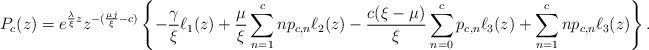
LaTeX: \begin{align*}P_{c}(z)= e^{\frac{\lambda}{\xi}z} z^{-(\frac{\mu j}{\xi} - c)} \left\lbrace -\frac{\gamma}{\xi} \ell_{1}(z) + \frac{\mu}{\xi}\sum_{n=1}^{c} n p_{c,n} \ell_{2}(z) - \frac{c(\xi - \mu)}{\xi} \sum_{n=0}^{c} p_{c,n} \ell_{3}(z)+ \sum_{n=1}^{c}n p_{c,n}\ell_{3}(z)\right\rbrace.\end{align*}